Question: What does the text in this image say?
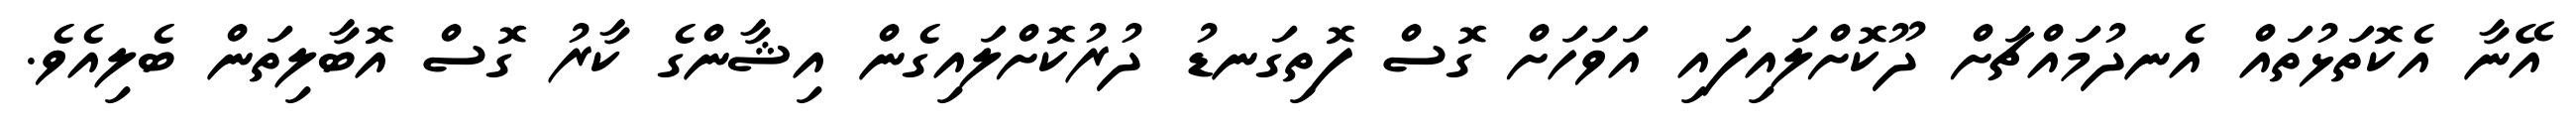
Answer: އޭނާ އެކޮތަޅުތައް އެނދުމައްޗަށް ދޫކޮށްލައިފައި އަވަހަށް ގޮސް ފޮތިގަނޑު ދުރުކޮށްލައިގެން އިޝާންގެ ކާރު ގޮސް އޮބާލިތަން ބެލިއެވެ.